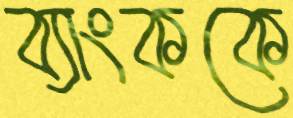
ব্যাংককে